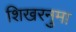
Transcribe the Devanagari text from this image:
शिखरनुमा